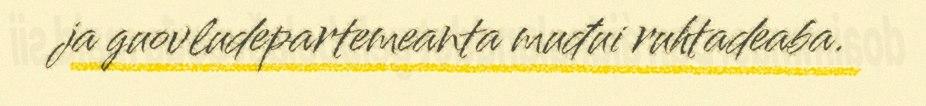
ja guovludepartemeanta muđui ruhtadeaba.